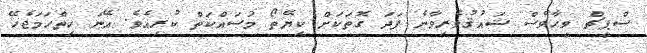
ސްޕީޗް ވީހާވެސް ޝައުޤުވެރިވާނެ ފަދަ ގޮތަކަށް ކިޔޭތޯ މަސައްކަތް ކުރިއެވެ. އޭނަ ހިތްހަމަޖެހޭ